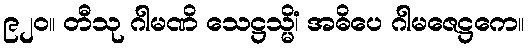
၉၂၀။ တီသု ဂါမဏိ သေဋ္ဌသ္မိံ၊ အဓိပေ ဂါမဇေဋ္ဌကေ။